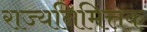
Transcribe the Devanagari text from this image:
राज्यनिमित्तक